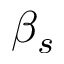
\beta _ { s }